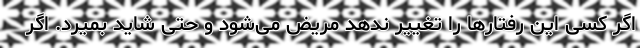
اگر کسی این رفتارها را تغییر ندهد مریض می‌شود و حتی شاید بمیرد. اگر